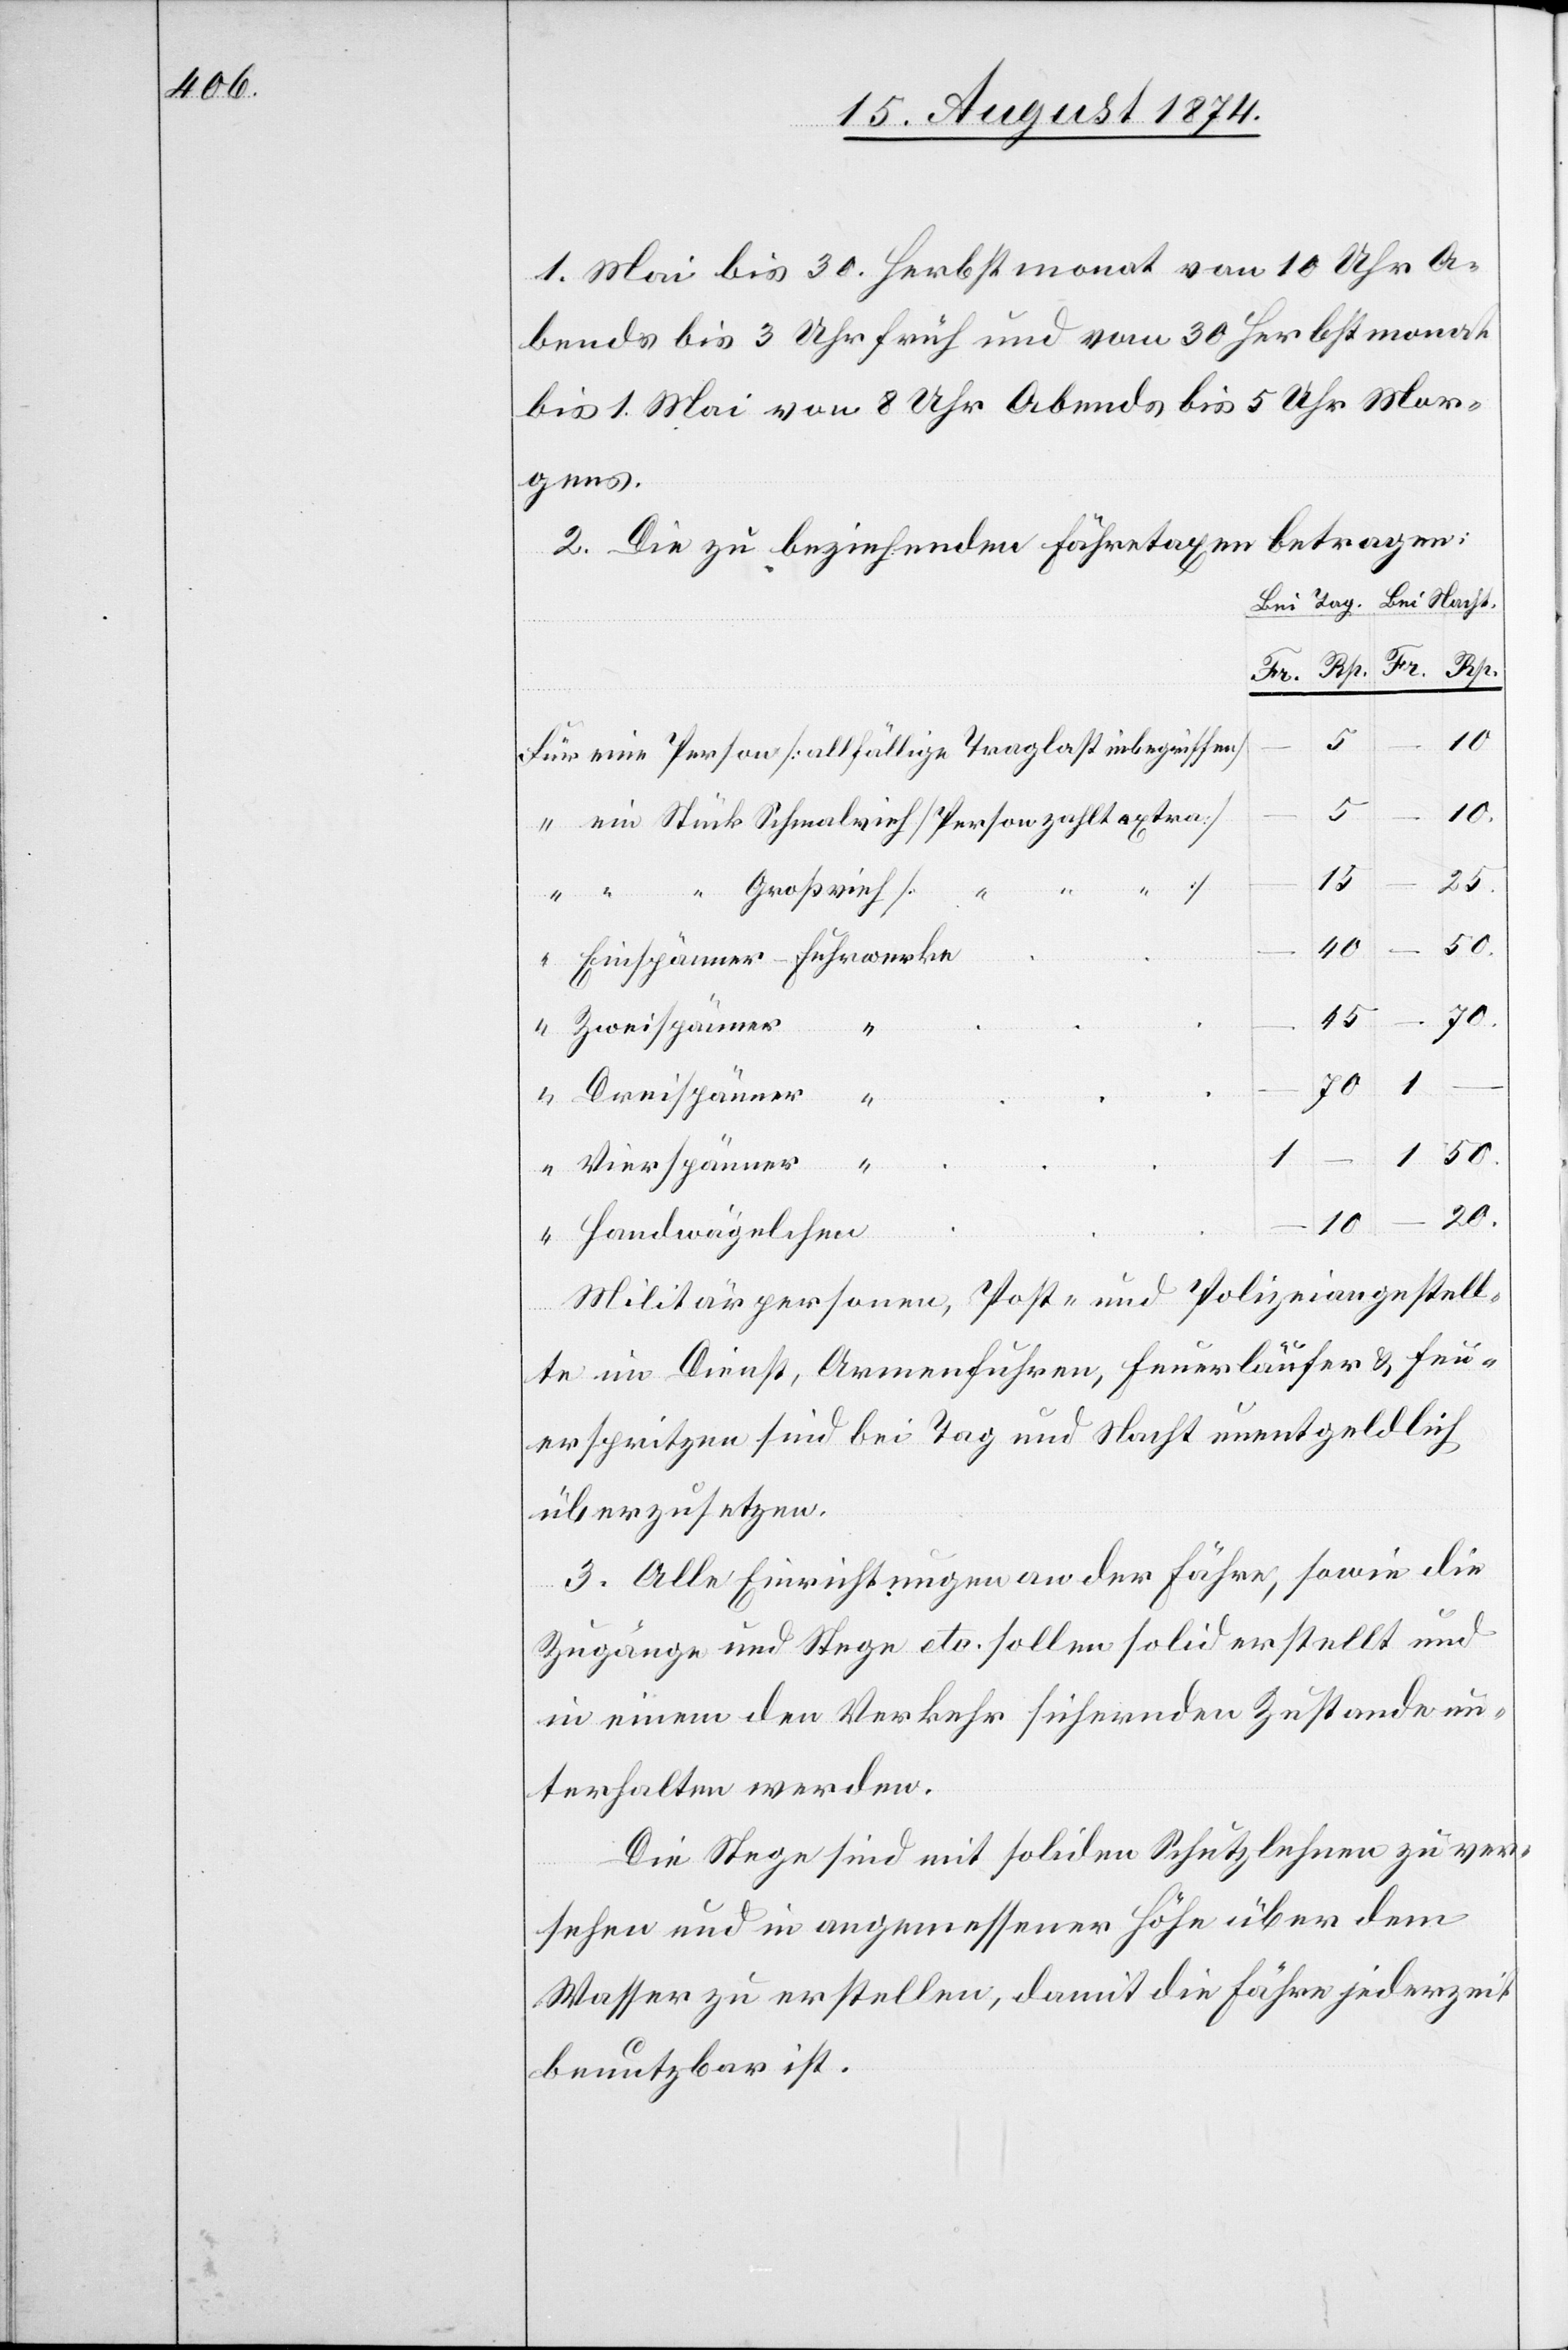
1. Mai bis 30. Herbstmonat von 10 Uhr A¬
bends bis 3 Uhr früh und vom 30. Herbstmonat
bis 1. Mai von 8 Uhr Abends bis 5 Uhr Mor¬
gens.
2. Die zu beziehenden Fährtaxen betragen:
Bei
[Rp.]
Für
5
70
10
20
Einsp¬
45
50
änner
“
1
Vierspänner
Handwägelchen
Militärpersonen, Post- und Polizeiangestell¬
te im Dienst, Armenfuhren, Feuerläufer u. Feu¬
erspritzen sind bei Tag und Nacht unentgeldlich
überzusetzen.
3. Alle Einrichtungen an der Fähre, sowie die
Zugänge und Stege etc. sollen solid erstellt und
in einem den Verkehr sichernden Zustande un¬
terhalten werden.
Die Stege sind mit soliden Schutzlehnen zu ver¬
sehen und in angemessener Höhe über dem
Wasser zu erstellen, damit die Fähre jederzeit
benutzbar ist.